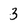
Character: 3